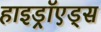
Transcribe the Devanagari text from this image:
हाइड्रॉएड्स